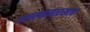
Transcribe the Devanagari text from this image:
आपल्यासारखाच